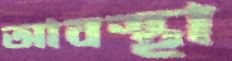
আবস্থা